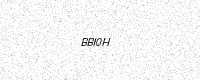
Text: BBI0H